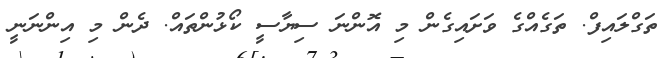
ތަގްލައިފް. ތަގެއްގެ ވަށައިގެން މި އޮންނަ ސިޔާސީ ކޯޅުންތައް. ދެން މި އިންނަނީ